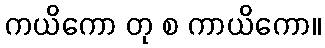
ကယိကော တု စ ကာယိကော။